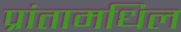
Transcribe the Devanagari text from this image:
प्रांतामधिल